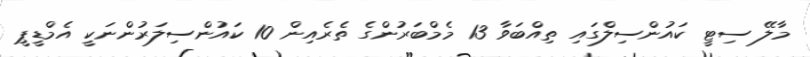
މާލޭ ސިޓީ ކައުންސިލްގައި ތިއްބަވާ 13 މެމްބަރުންގެ ތެރެއިން 10 ކައުންސިލަރުންނަކީ އެމްޑީޕީ